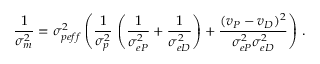
\frac { 1 } { \sigma _ { m } ^ { 2 } } = \sigma _ { p e f f } ^ { 2 } \left( \frac { 1 } { \sigma _ { p } ^ { 2 } } \, \left( \frac { 1 } { \sigma _ { e \SS P } ^ { 2 } } + \frac { 1 } { \sigma _ { e \SS D } ^ { 2 } } \right) + \frac { ( v _ { \SS P } - v _ { \SS D } ) ^ { 2 } } { \sigma _ { e \SS P } ^ { 2 } \sigma _ { e \SS D } ^ { 2 } } \right) \, .